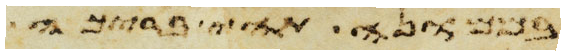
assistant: במרמה וידברו